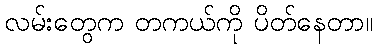
လမ်းတွေက တကယ်ကို ပိတ်နေတာ။